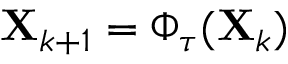
\mathbf { X } _ { k + 1 } = \Phi _ { \tau } ( \mathbf { X } _ { k } )